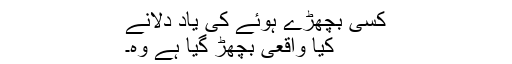
کسی بچھڑے ہوئے کی یاد دلانے
کیا واقعی بچھڑ گیا ہے وہ۔